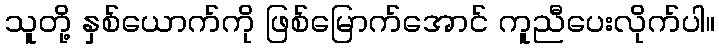
သူတို့ နှစ်ယောက်ကို ဖြစ်မြောက်အောင် ကူညီပေးလိုက်ပါ။